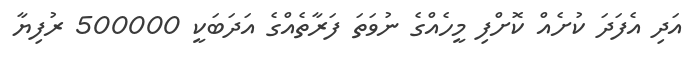
އަދި އެފަދަ ކުށެއް ކޮށްފި މީހެއްގެ ނުވަތަ ފަރާތެއްގެ އަދަބަކީ 500000 ރުފިޔާ